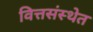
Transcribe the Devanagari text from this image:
वित्तसंस्थेत